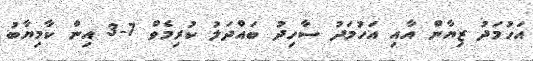
އަހުމަދު ޒިޔާން އާއި އަހުމަދު ސާހިދު ބައްދަލު ކުރިމެވް 7-3 އިން ކާމިޔާބު